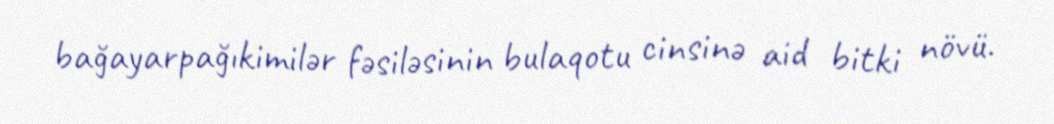
bağayarpağıkimilər fəsiləsinin bulaqotu cinsinə aid bitki növü.